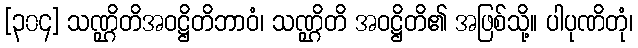
[၃၀၄] သဏ္ဌိတိအဝဋ္ဌိတိဘာဝံ၊ သဏ္ဌိတိ အဝဋ္ဌိတိ၏ အဖြစ်သို့။ ပါပုဏိတုံ၊